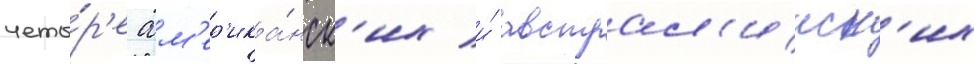
четы́р'е ам'ер'ика́нск'их и́ австрал'ииск'их